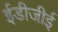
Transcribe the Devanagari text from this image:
ईडीजीई